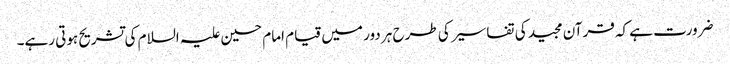
ضرورت ہے کہ قرآن مجید کی تفاسیر کی طرح ہر دور میں قیام امام حسین علیہ السلام کی تشریح ہوتی رہے۔